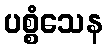
ပစ္စံသေန